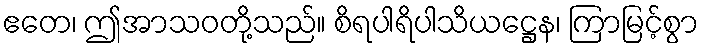
ဧတေ၊ ဤအာသဝတို့သည်။ စိရပါရိပါသိယဋ္ဌေန၊ ကြာမြင့်စွာ